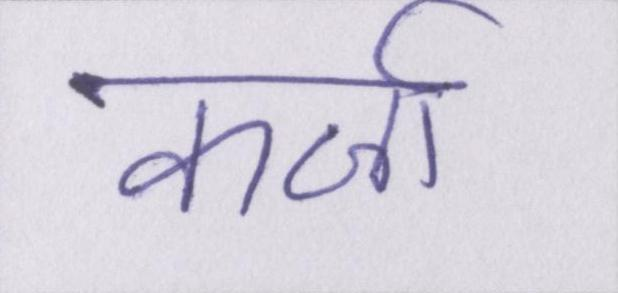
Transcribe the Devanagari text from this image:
कर्जा